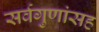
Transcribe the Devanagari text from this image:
सर्वगुणांसह